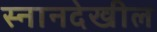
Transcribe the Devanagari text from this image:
स्नानदेखील